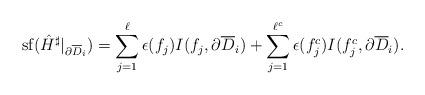
LaTeX: \begin{align*}\mathrm{sf}(\hat{H}^\sharp|_{\partial \overline{D}_i})& = \sum_{j = 1}^\ell \epsilon(f_j) I(f_j, \partial \overline{D}_i)+ \sum_{j = 1}^{\ell^c} \epsilon(f^c_j) I(f^c_j, \partial \overline{D}_i).\end{align*}